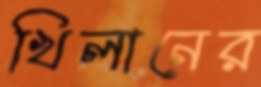
খিলানের